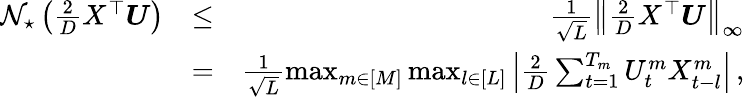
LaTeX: \begin{array}{rlr}{{\mathcal N}_{\star}\left(\frac 2DX^{\top}\boldsymbol{U}\right)}&{\leq}&{\frac 1{\sqrt L}\left\Vert\frac 2DX^{\top}\boldsymbol{U}\right\Vert_{\infty}}\\ &{=}&{\frac 1{\sqrt L}\operatorname*{max}_{m\in[M]}\operatorname*{max}_{l\in[L]}\left\vert\frac 2D\sum_{t=1}^{T_{m}}U_{t}^{m}X_{t-l}^{m}\right\vert\, ,}\end{array}